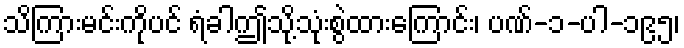
သိကြားမင်းကိုပင် ရံခါဤသို့သုံးစွဲထားကြောင်း၊ ပဏ်-၁-ပါ-၁၉၅၊